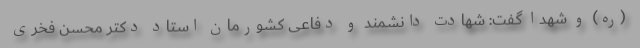
(ره) و شهدا گفت: شهادت دانشمند و دفاعی کشورمان استاد دکتر محسن فخری